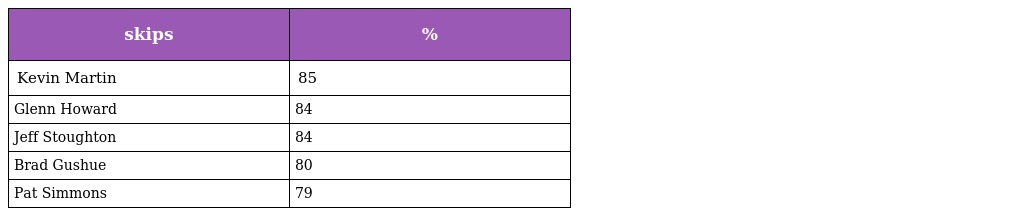
| skips | % |
 | --- | --- |
 | Kevin Martin | 85 |
 | Glenn Howard | 84 |
 | Jeff Stoughton | 84 |
 | Brad Gushue | 80 |
 | Pat Simmons | 79 |